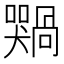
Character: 𫬢